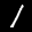
Label: 1